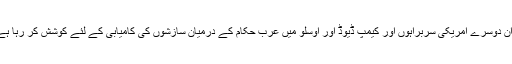
ٹرمپ آج ’’صدی معاہدہ‘‘ کے منصوبے کے ساتھ گزشتہ 40 سالوں کے دوران دوسرے امریکی سربراہوں اور کیمپ ڈیوڈ اور اوسلو میں عرب حکام کے درمیان سازشوں کی کامیابی کے لئے کوشش کر رہا ہے مگر ہمیشہ فلسطینی قوم کے مزاحمت کے ساتھ شکست کا سامنا ہوگئے ہیں۔